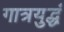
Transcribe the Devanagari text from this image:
गात्रयुद्धं